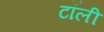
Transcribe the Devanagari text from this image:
टॉली